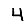
Digit: 4